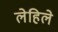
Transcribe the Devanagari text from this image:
लेहिले